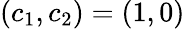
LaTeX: (c_{1},c_{2})=(1,0)